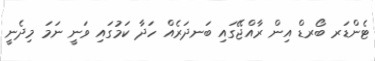
ޓެންޑަރ ބޯރޑް އިން ރާއްޖޭގައި ބަނދަރެއް ހަދާ ކަމުގައި ވަނީ ނަމަ މިދެނީ